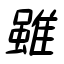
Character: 雖